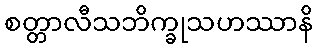
စတ္တာလီသဘိက္ခုသဟဿာနိ